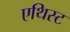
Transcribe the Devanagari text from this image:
एथिस्ट